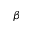
\beta